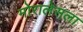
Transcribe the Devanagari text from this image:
मोरालेसला